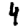
Digit: 4